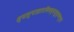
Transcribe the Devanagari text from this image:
स्वल्पाहारनिबद्धशुद्धवपुषां